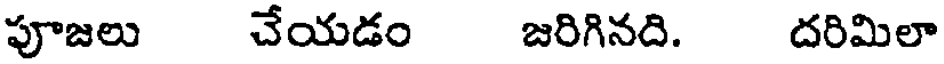
పూజలు చేయడం జరిగినది. దరిమిలా